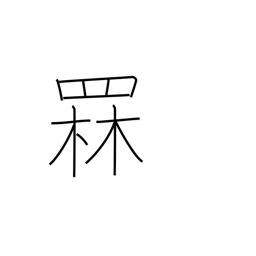
Meaning: luring fish with a bonfire